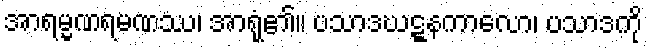
အာရမ္မဏရမဏဿ၊ အာရုံ၏။ ပသာဒဃဋ္ဋနကာလော၊ ပသာဒကို